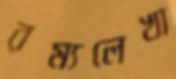
রম্যলেখা